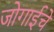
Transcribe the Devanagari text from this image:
जोगाईचे